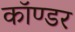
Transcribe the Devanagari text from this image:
कॉण्डर